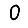
Digit: 0